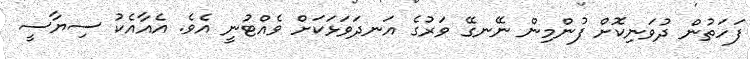
ފަހަތުން ދުވަނިކޮށް ފުންމިން ނޭނގޭ ވަރުގެ އަނދަވަޅަކަށް ވެއްޓުނީ އެވެ. އެއާއެކު ސިޔާސީ